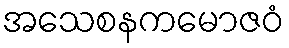
အသေစနကမောဇဝံ